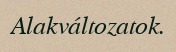
Alakváltozatok.